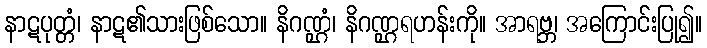
နာဋပုတ္တံ၊ နာဋ၏သားဖြစ်သော။ နိဂဏ္ဌံ၊ နိဂဏ္ဌရဟန်းကို။ အာရဗ္ဘ၊ အကြောင်းပြု၍။